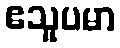
ဧသူပမာ